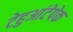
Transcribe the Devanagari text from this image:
टेहुआंटेपेक